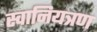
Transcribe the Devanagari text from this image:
स्वानियत्रण